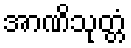
အာဏိသုတ္တံ